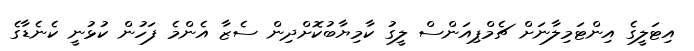
އިޓަލީގެ އިންޓަމިލާނަށް ޗެމްޕިއަންސް ލީގު ކާމިޔާބުކޮށްދިން ސެޒާ އެންމެ ފަހުން ކުޅުނީ ކެނެޑާގެ